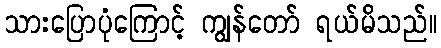
သားပြောပုံကြောင့် ကျွန်တော် ရယ်မိသည်။